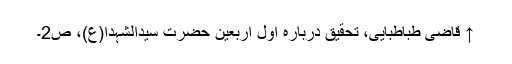
↑ قاضی طباطبایی، تحقيق دربارہ اول اربعين حضرت سيدالشہدا(ع)، ص2۔